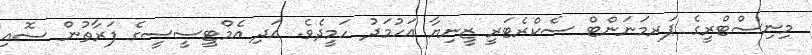
މިނިސްޓްރީގެ ޕަރމަނަންޓް ސެކްރެޓަރީ ޒީނިޔާ އަހުމަދު ހަމީދެވެ. އަދި އެމްޓީސީސީގެ ފަރާތުން ސޮއި